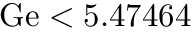
\mathrm { G e } < 5 . 4 7 4 6 4